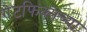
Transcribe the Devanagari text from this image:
गेटफिक्सच्या